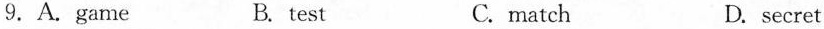
9.A.game B. test C.match D. secret